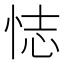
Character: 𢙺